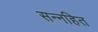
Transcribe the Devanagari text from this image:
सन्नहित